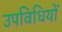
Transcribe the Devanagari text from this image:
उपविधियों